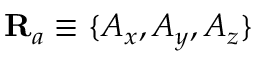
\mathbf { R } _ { a } \equiv \{ A _ { x } , A _ { y } , A _ { z } \}